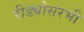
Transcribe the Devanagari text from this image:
रीड्योसरभी